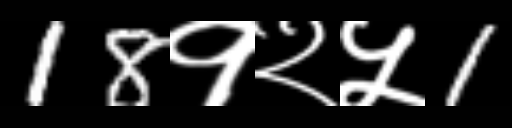
Text: 18१२५1